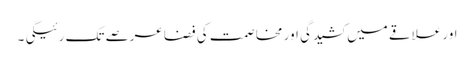
اور علاقے میں کشیدگی اور مخاصمت کی فضا عرصے تک رئیگی ۔